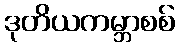
ဒုတိယကမ္ဘာစစ်